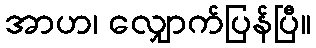
အာဟ၊ လျှောက်ပြန်ပြီ။